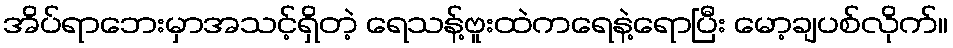
အိပ်ရာဘေးမှာအသင့်ရှိတဲ့ ရေသန့်ဗူးထဲကရေနဲ့ရောပြီး မော့ချပစ်လိုက်။